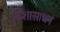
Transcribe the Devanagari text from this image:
दिशासाधन